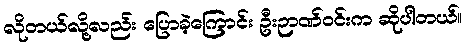
လိုတယ်လို့လည်း ပြောခဲ့ကြောင်း ဦးဉာဏ်ဝင်းက ဆိုပါတယ်။